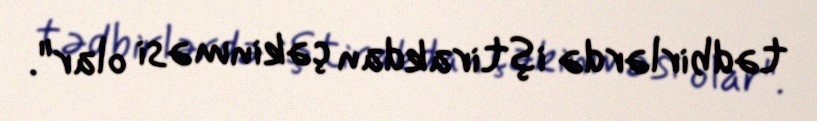
tədbirlərdə iştirakdan çəkinməsi olar".